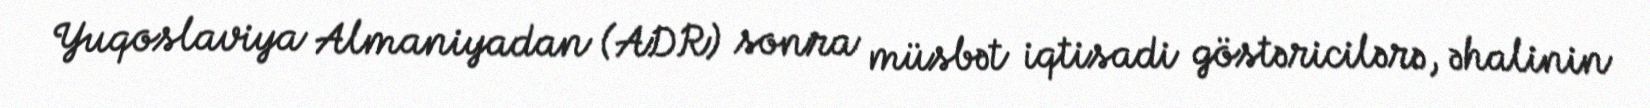
Yuqoslaviya Almaniyadan (ADR) sonra müsbət iqtisadi göstəricilərə, əhalinin